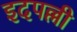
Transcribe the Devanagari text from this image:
इदपल्ली